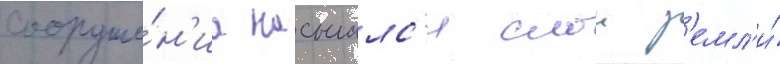
сооруже́н'иа насыпалс'я слои з'емл'и́